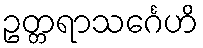
ဥတ္တရာသင်္ဂေဟိ